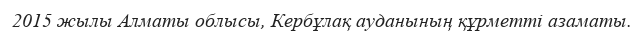
2015 жылы Алматы облысы, Кербұлақ ауданының құрметті азаматы.